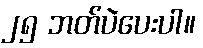
၂၅ ဘတ်ပဲပေးပါ။